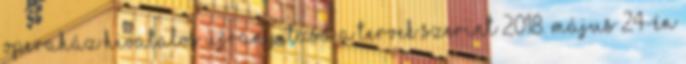
Operaház hivatalos újranyitása a tervek szerint 2018. május 24-én